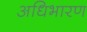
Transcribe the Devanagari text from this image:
अधिभारण